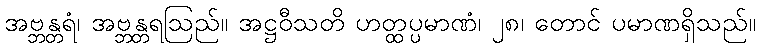
အဗ္ဘန္တရံ၊ အဗ္ဘန္တရဩည်။ အဋ္ဌဝီသတိ ဟတ္ထပ္ပမာဏံ၊ ၂၈၊ တောင် ပမာဏရှိသည်။